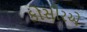
કોસીરએ